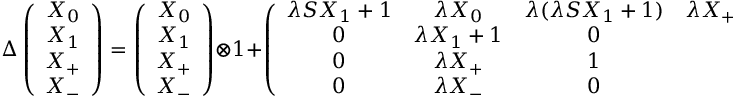
\Delta \left( \begin{array} { c } { { X _ { 0 } } } \\ { { X _ { 1 } } } \\ { { X _ { + } } } \\ { { X _ { - } } } \end{array} \right) = \left( \begin{array} { c } { { X _ { 0 } } } \\ { { X _ { 1 } } } \\ { { X _ { + } } } \\ { { X _ { - } } } \end{array} \right) \otimes 1 + \left( \begin{array} { c c c c } { { \lambda S X _ { 1 } + 1 } } & { { \lambda X _ { 0 } } } & { { \lambda ( \lambda S X _ { 1 } + 1 ) } } & { { \lambda X _ { + } ( \lambda S X _ { 1 } + 1 ) } } \\ { { 0 } } & { { \lambda X _ { 1 } + 1 } } & { { 0 } } & { { 0 } } \\ { { 0 } } & { { \lambda X _ { + } } } & { { 1 } } & { { 0 } } \\ { { 0 } } & { { \lambda X _ { - } } } & { { 0 } } & { { 1 } } \end{array} \right) \otimes \left( \begin{array} { c } { { X _ { 0 } } } \\ { { X _ { 1 } } } \\ { { X _ { + } } } \\ { { X _ { - } } } \end{array} \right) .